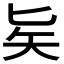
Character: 𠤕